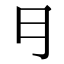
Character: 𠃛